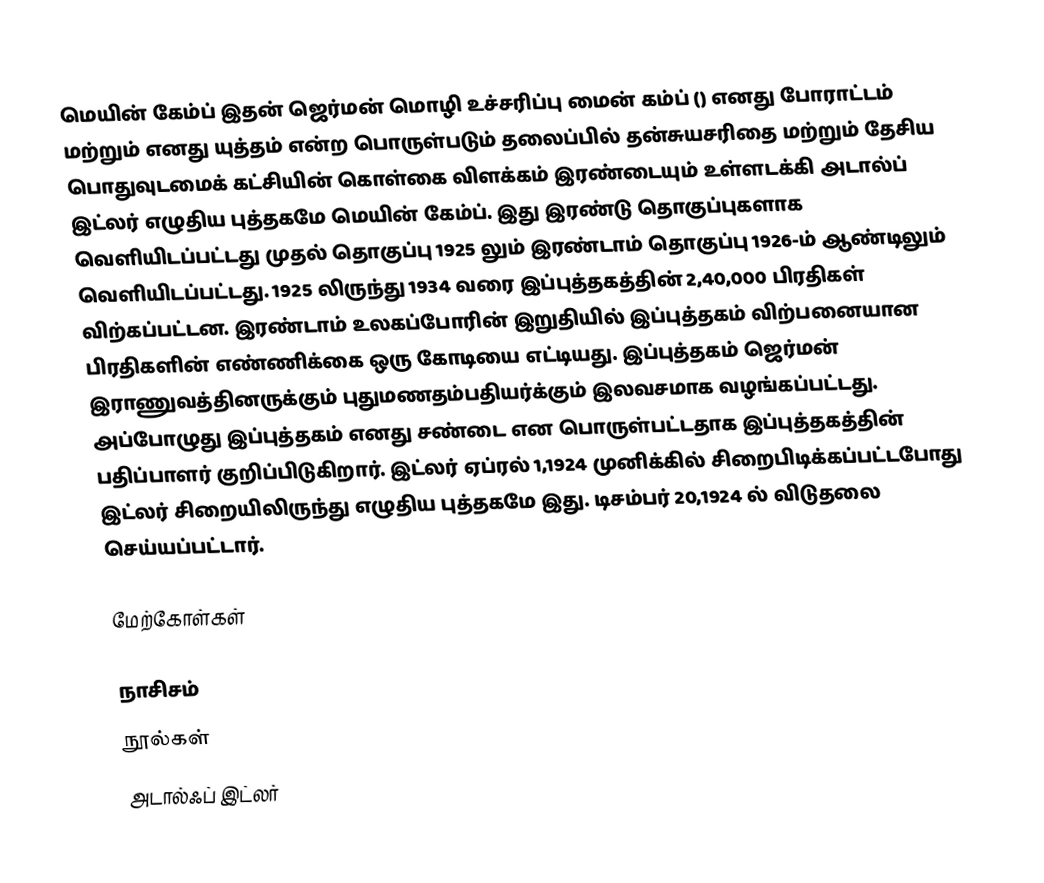
மெயின் கேம்ப் இதன் ஜெர்மன் மொழி உச்சரிப்பு மைன் கம்ப் () எனது போராட்டம் மற்றும் எனது யுத்தம் என்ற பொருள்படும் தலைப்பில் தன்சுயசரிதை மற்றும் தேசிய பொதுவுடமைக் கட்சியின் கொள்கை விளக்கம் இரண்டையும் உள்ளடக்கி அடால்ப் இட்லர் எழுதிய புத்தகமே மெயின் கேம்ப். இது இரண்டு தொகுப்புகளாக வெளியிடப்பட்டது முதல் தொகுப்பு 1925 லும் இரண்டாம் தொகுப்பு 1926-ம் ஆண்டிலும் வெளியிடப்பட்டது. 1925 லிருந்து 1934 வரை இப்புத்தகத்தின் 2,40,000 பிரதிகள் விற்கப்பட்டன. இரண்டாம் உலகப்போரின் இறுதியில் இப்புத்தகம் விற்பனையான பிரதிகளின் எண்ணிக்கை ஒரு கோடியை எட்டியது. இப்புத்தகம் ஜெர்மன் இராணுவத்தினருக்கும் புதுமணதம்பதியர்க்கும் இலவசமாக வழங்கப்பட்டது. அப்போழுது இப்புத்தகம் எனது சண்டை என பொருள்பட்டதாக இப்புத்தகத்தின் பதிப்பாளர் குறிப்பிடுகிறார். இட்லர் ஏப்ரல் 1,1924 முனிக்கில் சிறைபிடிக்கப்பட்டபோது இட்லர் சிறையிலிருந்து எழுதிய புத்தகமே இது. டிசம்பர் 20,1924 ல் விடுதலை செய்யப்பட்டார்.

மேற்கோள்கள்

நாசிசம்
நூல்கள்
அடால்ஃப் இட்லர்